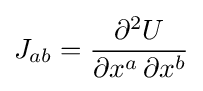
J_{ab}={\frac {\partial ^{2}U}{\partial x^{a}\,\partial x^{b}}}